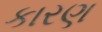
કારણ